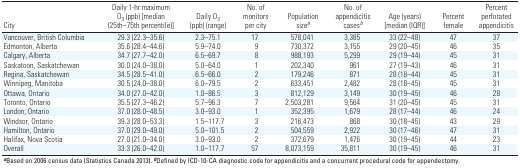
<table><thead><tr><td><b>City</b></td><td><b>Daily 1-hr maximum O<sub>3</sub> (ppb) [median (25th–75th percentile)]</b></td><td><b>Daily O<sub>3</sub> (ppb) (range)</b></td><td><b>No. of monitors per city</b></td><td><b>Population size<sup><i>a</i></sup></b></td><td><b>No. of appendicitis cases<sup><i>b</i></sup></b></td><td><b>Age (years) [median (IQR)]</b></td><td><b>Percent female</b></td><td><b>Percent perforated appendicitis</b></td></tr></thead><tbody><tr><td><b>Vancouver, British Columbia</b></td><td>29.3 (22.3–35.6)</td><td>2.3–75.1</td><td>17</td><td>578,041</td><td>3,385</td><td>33 (22–48)</td><td>47</td><td>37</td></tr><tr><td><b>Edmonton, Alberta</b></td><td>35.6 (28.4–44.6)</td><td>5.9–74.0</td><td>9</td><td>730,372</td><td>3,155</td><td>29 (20–45)</td><td>46</td><td>35</td></tr><tr><td><b>Calgary, Alberta</b></td><td>34.7 (27.7–42.0)</td><td>6.5–69.7</td><td>8</td><td>988,193</td><td>5,299</td><td>29 (19–44)</td><td>45</td><td>31</td></tr><tr><td><b>Saskatoon, Saskatchewan</b></td><td>30.0 (24.0–38.0)</td><td>5.0–64.0</td><td>1</td><td>202,340</td><td>961</td><td>27 (19–43)</td><td>46</td><td>31</td></tr><tr><td><b>Regina, Saskatchewan</b></td><td>34.5 (28.5–41.0)</td><td>6.5–66.0</td><td>2</td><td>179,246</td><td>871</td><td>28 (18–44)</td><td>45</td><td>31</td></tr><tr><td><b>Winnipeg, Manitoba</b></td><td>30.5 (24.0–38.0)</td><td>6.0–79.5</td><td>2</td><td>633,451</td><td>2,482</td><td>28 (18–45)</td><td>45</td><td>31</td></tr><tr><td><b>Ottawa, Ontario</b></td><td>34.0 (27.0–42.0)</td><td>1.0–86.5</td><td>3</td><td>812,129</td><td>3,149</td><td>30 (19–45)</td><td>46</td><td>28</td></tr><tr><td><b>Toronto, Ontario</b></td><td>35.5 (27.3–46.2)</td><td>5.7–96.3</td><td>7</td><td>2,503,281</td><td>9,564</td><td>31 (20–45)</td><td>45</td><td>31</td></tr><tr><td><b>London, Ontario</b></td><td>37.0 (28.0–48.5)</td><td>3.0–93.0</td><td>1</td><td>352,395</td><td>1,679</td><td>28 (17–44)</td><td>46</td><td>24</td></tr><tr><td><b>Windsor, Ontario</b></td><td>39.3 (28.0–53.3)</td><td>1.5–117.7</td><td>3</td><td>216,473</td><td>868</td><td>30 (18–45)</td><td>43</td><td>29</td></tr><tr><td><b>Hamilton, Ontario</b></td><td>37.0 (29.0–49.0)</td><td>5.0–101.5</td><td>2</td><td>504,559</td><td>2,922</td><td>30 (17–46)</td><td>47</td><td>31</td></tr><tr><td><b>Halifax, Nova Scotia</b></td><td>27.0 (21.0–34.0)</td><td>3.0–93.0</td><td>2</td><td>372,679</td><td>1,476</td><td>30 (19–45)</td><td>44</td><td>23</td></tr><tr><td><b>Overall</b></td><td>33.3 (26.0–42.0)</td><td>1.0–117.7</td><td>57</td><td>8,073,159</td><td>35,811</td><td>30 (19–45)</td><td>46</td><td>31</td></tr><tr><td colspan="9"><sup><i><b>a</b></i></sup>Based on 2006 census data (Statistics Canada 2013). <sup><i><b>b</b></i></sup>Defined by ICD-10-CA diagnostic code for appendicitis and a concurrent procedural code for appendectomy.</td></tr></tbody></table>